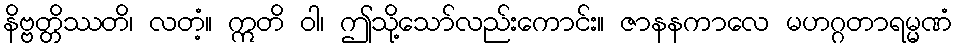
နိဗ္ဗတ္တိဿတိ၊ လတံ့။ ဣတိ ဝါ၊ ဤသို့သော်လည်းကောင်း။ ဇာနနကာလေ မဟဂ္ဂတာရမ္မဏံ